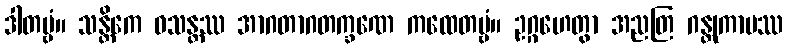
ဒါတဗ္ဗံ။ သန္တိကေ ဝသန္တဿ အာဂတာဂတက္ခဏေ ကထေတဗ္ဗံ။ ဥဂ္ဂဟေတွာ အညတြ ဂန္တုကာမဿ